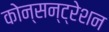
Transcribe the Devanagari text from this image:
कोन्सन्ट्रेशन